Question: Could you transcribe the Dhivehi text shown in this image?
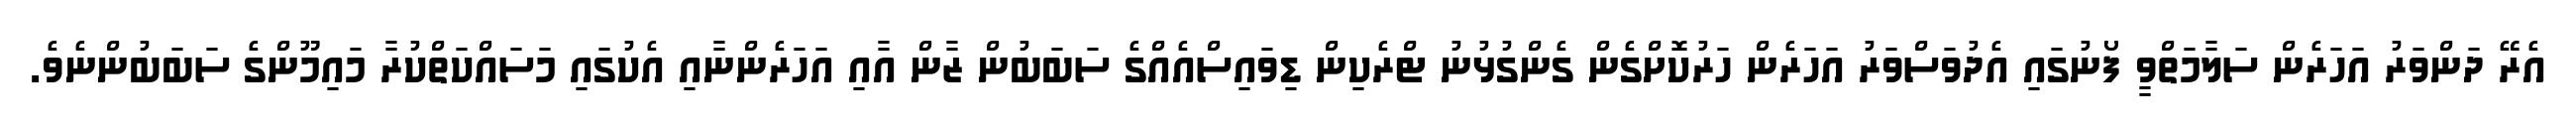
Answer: އެރޭ ދަންވަރު އަހަރެން ސަލާމަތްވީ ފޯނުގައި އެދުވަސްވަރު އަހަރެން ހަރުކޮށްގެން ގެންގުޅުނު ޓްރެކިން ޑިވައިސްއެއްގެ ސަބަބުން ޒާން އާއި އަހަރެންނާއި އެކުގައި މަސައްކަތްކުރާ މައިމޫންގެ ސަބަބުންނެވެ.